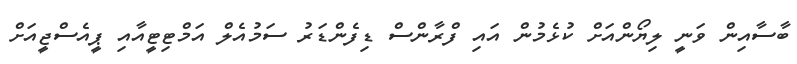
ބާސާއިން ވަނީ ލިޔޯންއަށް ކުޅެމުން އަައި ފްރާންސް ޑިފެންޑަރު ސަމުއެލް އަމްޓިޓީއާއި ޕީއެސްޖީއަށް